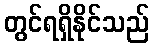
တွင်ရရှိနိုင်သည်